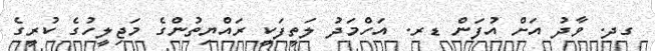
ގދ. ވާދު އަށް އުފަން ޑރ. އަހްމަދު ލަތީފަކީ ރައްޔިތުންގެ މަޖިލީހުގެ ކުރީގެ